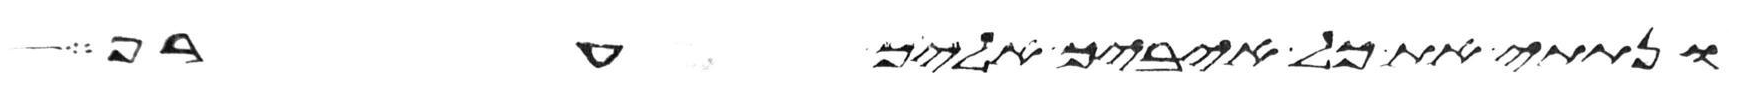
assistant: ונתתי את כל איביך אליך ערף